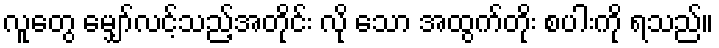
လူတွေ မျှော်လင့်သည့်အတိုင်း လို သော အထွက်တိုး စပါးကို ရသည်။